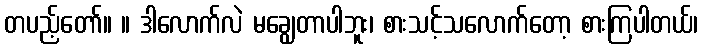
တပည့်တော်။ ။ ဒါလောက်လဲ မချွေတာပါဘူး၊ စားသင့်သလောက်တော့ စားကြပါတယ်၊